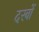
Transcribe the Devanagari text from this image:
दरबों